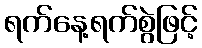
ရက်နေ့ရက်စွဲဖြင့်